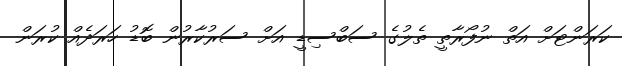
ކަރަންޓަށް އަތް ނުފޯރާތީ ތެލުގެ ސަބްސިޑީ އަށް ސަރުކާރުން ބޮޑު ހަރަދެއް ކުރަން